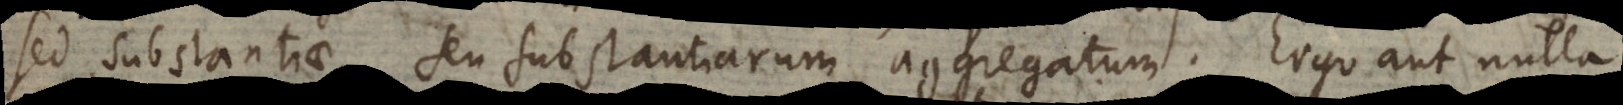
sed substantiae, seu substantiarum aggregatum. Ergo aut nulla